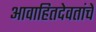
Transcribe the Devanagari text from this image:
आवाहितदेवतांचें